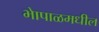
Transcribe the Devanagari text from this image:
भेापाळमधील